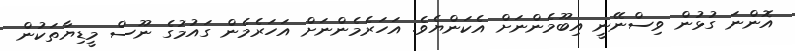
އޮންނަ ގުޅުން ވިސްނޭނީ އިބޫމެންނަށް އެކަންޔެވެ. އަހަރެމެންނަށް އަހަރެމެން ގައުމުގެ ނޫސް މީޑިޔާތަކުން